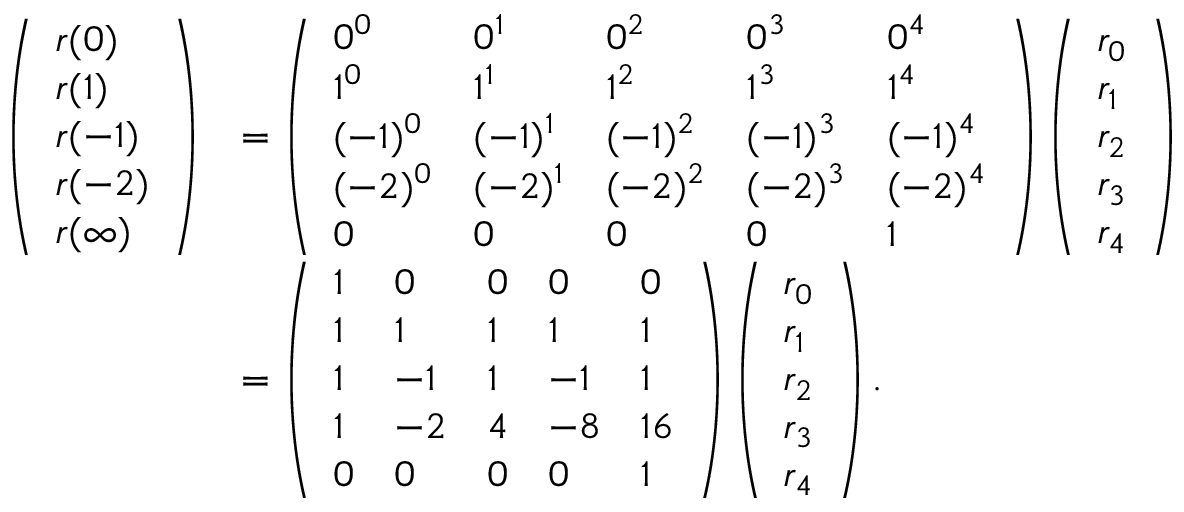
{ \begin{array} { r l } { \left( { \begin{array} { l } { r ( 0 ) } \\ { r ( 1 ) } \\ { r ( - 1 ) } \\ { r ( - 2 ) } \\ { r ( \infty ) } \end{array} } \right) } & { = \left( { \begin{array} { l l l l l } { 0 ^ { 0 } } & { 0 ^ { 1 } } & { 0 ^ { 2 } } & { 0 ^ { 3 } } & { 0 ^ { 4 } } \\ { 1 ^ { 0 } } & { 1 ^ { 1 } } & { 1 ^ { 2 } } & { 1 ^ { 3 } } & { 1 ^ { 4 } } \\ { ( - 1 ) ^ { 0 } } & { ( - 1 ) ^ { 1 } } & { ( - 1 ) ^ { 2 } } & { ( - 1 ) ^ { 3 } } & { ( - 1 ) ^ { 4 } } \\ { ( - 2 ) ^ { 0 } } & { ( - 2 ) ^ { 1 } } & { ( - 2 ) ^ { 2 } } & { ( - 2 ) ^ { 3 } } & { ( - 2 ) ^ { 4 } } \\ { 0 } & { 0 } & { 0 } & { 0 } & { 1 } \end{array} } \right) \left( { \begin{array} { l } { r _ { 0 } } \\ { r _ { 1 } } \\ { r _ { 2 } } \\ { r _ { 3 } } \\ { r _ { 4 } } \end{array} } \right) } \\ & { = \left( { \begin{array} { l l l l l } { 1 } & { 0 } & { 0 } & { 0 } & { 0 } \\ { 1 } & { 1 } & { 1 } & { 1 } & { 1 } \\ { 1 } & { - 1 } & { 1 } & { - 1 } & { 1 } \\ { 1 } & { - 2 } & { 4 } & { - 8 } & { 1 6 } \\ { 0 } & { 0 } & { 0 } & { 0 } & { 1 } \end{array} } \right) \left( { \begin{array} { l } { r _ { 0 } } \\ { r _ { 1 } } \\ { r _ { 2 } } \\ { r _ { 3 } } \\ { r _ { 4 } } \end{array} } \right) . } \end{array} }